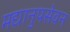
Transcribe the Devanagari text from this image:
मद्यानुपसेवन